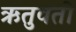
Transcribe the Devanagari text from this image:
ऋतुवती